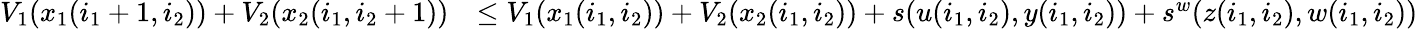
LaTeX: \begin{array}{rl}{V_{1}(x_{1}(i_{1}+1,i_{2}))+V_{2}(x_{2}(i_{1},i_{2}+1))}&{\leq V_{1}(x_{1}(i_{1},i_{2}))+V_{2}(x_{2}(i_{1},i_{2}))+s(u(i_{1},i_{2}),y(i_{1},i_{2}))+s^{w}(z(i_{1},i_{2}),w(i_{1},i_{2}))}\end{array}